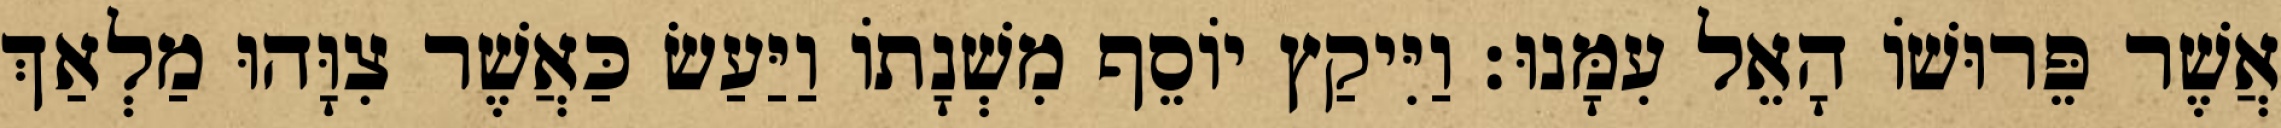
אֲשֶׁר פֵּרוּשׁוֹ הָאֵל עִמָּנוּ׃ וַיִּיקַץ יוֹסֵף מִשְׁנָתוֹ וַיַּעַשׂ כַּאֲשֶׁר צִוָּהוּ מַלְאַךְ